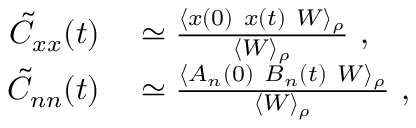
\begin{array} { r l } { \tilde { C } _ { x x } ( t ) } & { { } \simeq \frac { \langle x ( 0 ) \ x ( t ) \ W \rangle _ { \rho } } { \langle W \rangle _ { \rho } } \mathrm { ~ , ~ } } \\ { \tilde { C } _ { n n } ( t ) } & { { } \simeq \frac { \langle A _ { n } ( 0 ) \ B _ { n } ( t ) \ W \rangle _ { \rho } } { \langle W \rangle _ { \rho } } \mathrm { ~ , ~ } } \end{array}